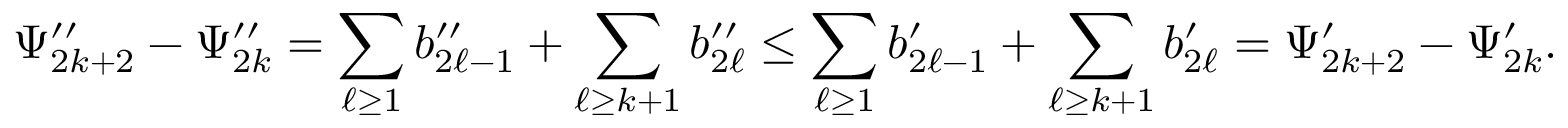
\Psi _ { 2 k + 2 } ^ { \prime \prime } - \Psi _ { 2 k } ^ { \prime \prime } = \sum _ { \ell \geq 1 } b _ { 2 \ell - 1 } ^ { \prime \prime } + \sum _ { \ell \geq k + 1 } b _ { 2 \ell } ^ { \prime \prime } \leq \sum _ { \ell \geq 1 } b _ { 2 \ell - 1 } ^ { \prime } + \sum _ { \ell \geq k + 1 } b _ { 2 \ell } ^ { \prime } = \Psi _ { 2 k + 2 } ^ { \prime } - \Psi _ { 2 k } ^ { \prime } .